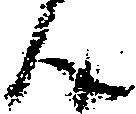
ん